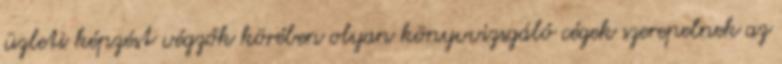
üzleti képzést végzők körében olyan könyvvizsgáló cégek szerepelnek az